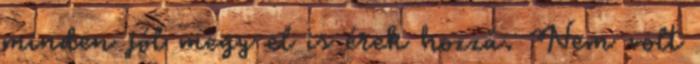
minden jól megy el is érek hozzá. Nem volt